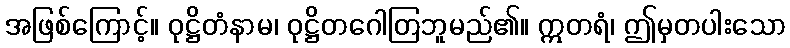
အဖြစ်ကြောင့်။ ဝုဋ္ဌိတံနာမ၊ ဝုဋ္ဌိတဂေါတြဘူမည်၏။ ဣတရံ၊ ဤမှတပါးသော